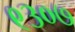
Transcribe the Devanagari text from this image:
९३०७